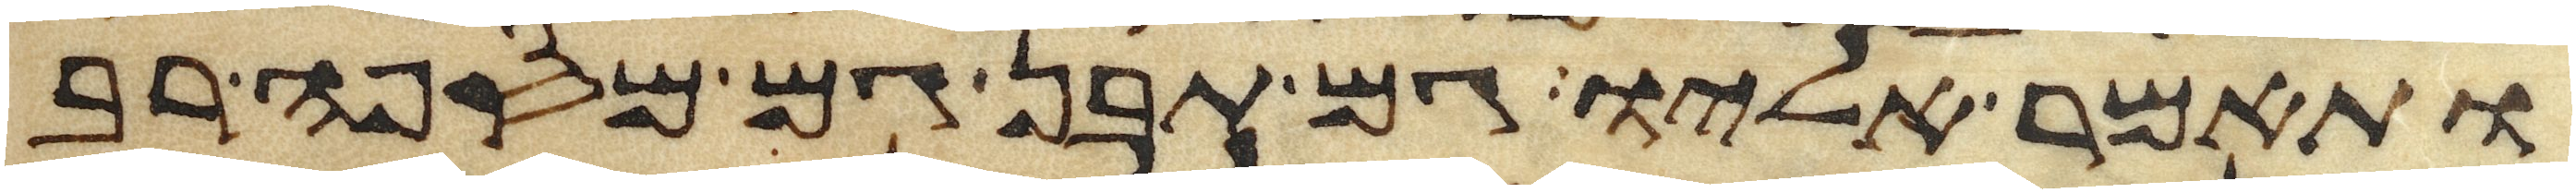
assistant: ותאמר אליו גם תבן גם מספה רב